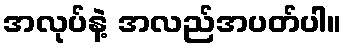
အလုပ်နဲ့ အလည်အပတ်ပါ။